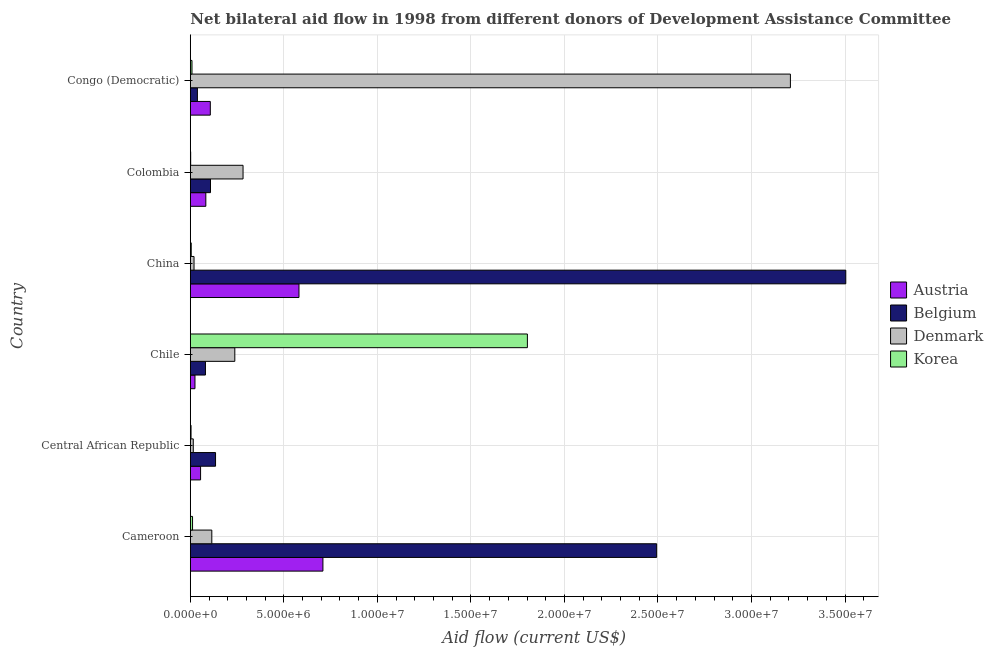
| Country | Austria | Belgium | Denmark | Korea |
 | --- | --- | --- | --- | --- |
 | Cameroon | 7.09e+06 | 2.49e+07 | 1.15e+06 | 1.2e+05 |
 | Central African Republic | 5.5e+05 | 1.35e+06 | 1.6e+05 | 4e+04 |
 | Chile | 2.5e+05 | 8.1e+05 | 2.38e+06 | 1.8e+07 |
 | China | 5.81e+06 | 3.5e+07 | 2e+05 | 5e+04 |
 | Colombia | 8.3e+05 | 1.08e+06 | 2.82e+06 | 2e+04 |
 | Congo (Democratic) | 1.07e+06 | 3.8e+05 | 3.21e+07 | 9e+04 |